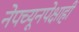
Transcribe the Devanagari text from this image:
नेपच्यूनपेक्षाही